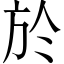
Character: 於